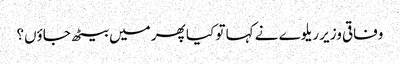
وفاقی وزیر ریلوے نے کہا تو کیا پھر میں بیٹھ جاؤں؟